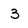
Character: 3